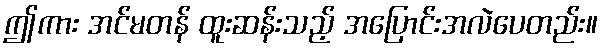
ဤကား အင်မတန် ထူးဆန်းသည့် အပြောင်းအလဲပေတည်း။